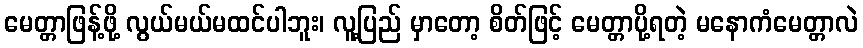
မေတ္တာဖြန့်ဖို့ လွယ်မယ်မထင်ပါဘူး၊ လူ့ပြည် မှာတော့ စိတ်ဖြင့် မေတ္တာပို့ရတဲ့ မနောကံမေတ္တာလဲ